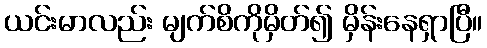
ယင်းမာလည်း မျက်စိကိုမှိတ်၍ မှိန်းနေရှာပြီ။